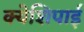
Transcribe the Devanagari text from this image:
क्येशिपाई